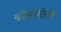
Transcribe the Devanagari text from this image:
वडेसागोती